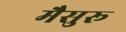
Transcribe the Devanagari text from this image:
मैसुरू